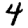
Digit: 4